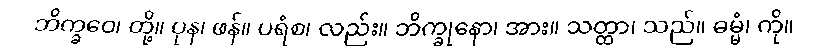
ဘိက္ခဝေ၊ တို့။ ပုန၊ ဖန်။ ပရံစ၊ လည်း။ ဘိက္ခုနော၊ အား။ သတ္ထာ၊ သည်။ ဓမ္မံ၊ ကို။